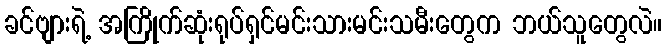
ခင်ဗျားရဲ့ အကြိုက်ဆုံးရုပ်ရှင်မင်းသားမင်းသမီးတွေက ဘယ်သူတွေလဲ။